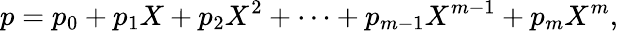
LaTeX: p=p_{0}+p_{1}X+p_{2}X^{2}+\cdots+p_{m-1}X^{m-1}+p_{m}X^{m},